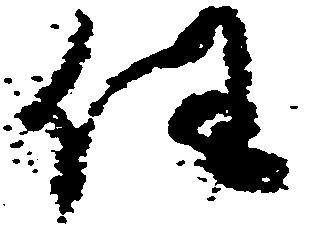
任